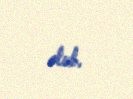
olub.